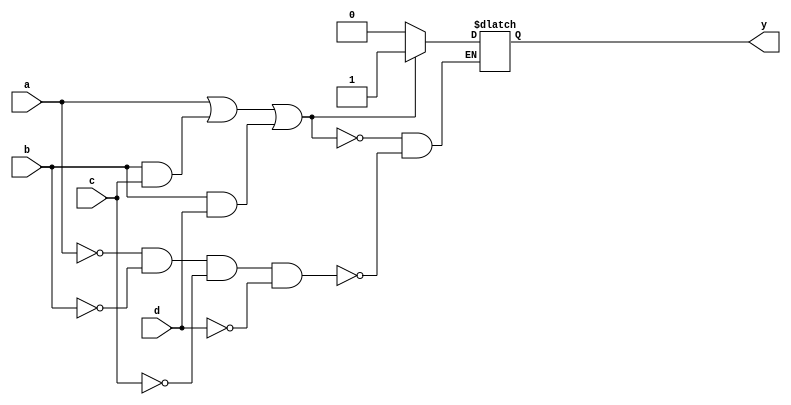
//////////////////////////////////////////////////////////////////////////////////
// Company: RMIT University
// nearers@gmail.com, s3358231@student.rmit.edu.au
// 
// Design Name:    ncl_simlib_ref
// Module Name:    ncl_simlib_ref
// Project Name:  Streaming Media on Null Convention Logic
// Description: Reference library for new gates function simulation
// 
//////////////////////////////////////////////////////////////////////////////////

`timescale 1ns / 1ps

module th34w32_ref (y,a,b,c,d);
 output y;
 input a;
 input b;
 input c;
 input d;

 reg yi;

  always @(a or b or c or d) begin
   if (((a) | (b&c) | (b&d))) 
    begin
      yi <=  1;
    end
    else if (((a==0) & (b==0) & (c==0) & (d==0))) 
    begin
      yi <=  0;
    end
   end
  assign #1 y = yi; 
endmodule

module th54w32_ref (y,a,b,c,d);
 output y;
 input a;
 input b;
 input c;
 input d;

 reg yi;

  always @(a or b or c or d) begin
   if (((a&b) | (a&c&d))) 
    begin
      yi <=  1;
    end
    else if (((a==0) & (b==0) & (c==0) & (d==0))) 
    begin
      yi <=  0;
    end
   end
  assign #1 y = yi; 
endmodule

module thxor0_ref (y,a,b,c,d);
 output y;
 input a;
 input b;
 input c;
 input d;

 reg yi;

  always @(a or b or c or d) begin
   if (((a&b) | (c&d))) 
    begin
      yi <=  1;
    end
    else if (((a==0) & (b==0) & (c==0) & (d==0))) 
    begin
      yi <=  0;
    end
   end
  assign #1 y = yi; 
endmodule


module thxor0n_ref (y,a,b,c,d,rsb);
 output y;
 input a;
 input b;
 input c;
 input d;
 input rsb;

 reg yi;

  always @(a or b or c or d or rsb) begin
   if (rsb == 0) begin
     yi <=  0;
   end 
   else begin
   if (((a&b) | (c&d))) 
    begin
      yi <=  1;
    end
    else if (((a==0) & (b==0) & (c==0) & (d==0))) 
    begin
      yi <=  0;
    end
  end

   end
  assign #1 y = yi; 
endmodule


module th24w2_ref (y,a,b,c,d);
 output y;
 input a;
 input b;
 input c;
 input d;

 reg yi;

  always @(a or b or c or d) begin
   if (((a) | (b&c) | (b&d) | (c&d))) 
    begin
      yi <=  1;
    end
    else if (((a==0) & (b==0) & (c==0) & (d==0))) 
    begin
      yi <=  0;
    end
   end
  assign #1 y = yi; 
endmodule

module th44w22_ref (y,a,b,c,d);
 output y;
 input a;
 input b;
 input c;
 input d;

 reg yi;

  always @(a or b or c or d) begin
   if (((a&b) | (a&c&d) | (b&c&d))) 
    begin
      yi <=  1;
    end
    else if (((a==0) & (b==0) & (c==0) & (d==0))) 
    begin
      yi <=  0;
    end
   end
  assign #1 y = yi; 
endmodule

module th34w2_ref (y,a,b,c,d);
 output y;
 input a;
 input b;
 input c;
 input d;

 reg yi;

  always @(a or b or c or d) begin
   if (((a&b) | (a&c) | (a&d) | (b&c&d))) 
    begin
      yi <=  1;
    end
    else if (((a==0) & (b==0) & (c==0) & (d==0))) 
    begin
      yi <=  0;
    end
   end
  assign #1 y = yi; 
endmodule

module th34w3_ref (y,a,b,c,d);
 output y;
 input a;
 input b;
 input c;
 input d;

 reg yi;

  always @(a or b or c or d) begin
   if (((a) | (b&c&d))) 
    begin
      yi <=  1;
    end
    else if (((a==0) & (b==0) & (c==0) & (d==0))) 
    begin
      yi <=  0;
    end
   end
  assign #1 y = yi; 
endmodule

module th24_ref (y,a,b,c,d);
 output y;
 input a;
 input b;
 input c;
 input d;

 reg yi;

  always @(a or b or c or d) begin
   if (((a&b) | (a&c) | (a&d) | (b&c) | (b&d) | (c&d) )) 
    begin
      yi <=  1;
    end
    else if (((a==0) & (b==0) & (c==0) & (d==0))) 
    begin
      yi <=  0;
    end
   end
  assign #1 y = yi; 
endmodule

module th24comp_ref (y,a,b,c,d);
 output y;
 input a;
 input b;
 input c;
 input d;

 reg yi;

  always @(a or b or c or d) begin
   if (((a&c) | (b&c) | (a&d) | (b&d))) 
    begin
      yi <=  1;
    end
    else if (((a==0) & (b==0) & (c==0) & (d==0))) 
    begin
      yi <=  0;
    end
   end
  assign #1 y = yi; 
endmodule



module th22_ref (y,a,b);
 output y;
 input a;
 input b;

 reg yi;

  always @(a or b) begin
   if (((a) & (b))) 
    begin
      yi <=  1;
    end
    else if (((a==0) & (b==0))) 
    begin
      yi <=  0;
    end
   end
  assign #1 y = yi; 
endmodule

module th22x8_ref (y,a,b);
 output y;
 input a;
 input b;

 reg yi;

  always @(a or b) begin
   if (((a) & (b))) 
    begin
      yi <=  1;
    end
    else if (((a==0) & (b==0))) 
    begin
      yi <=  0;
    end
   end
  assign #1 y = yi; 
endmodule

module th22r_ref (y,a,b,rsb);
 output y;
 input a;
 input b;
 input rsb;

 reg yi;

  always @(a or b or rsb) begin
   if (rsb == 0) begin
      yi <=  0;
   end
   else if (((a) & (b))) 
    begin
      yi <=  1;
    end
    else if (((a==0) & (b==0))) 
    begin
      yi <=  0;
    end
   end
  assign #1 y = yi; 
endmodule


module th22s_ref (y,a,b,rsb);
 output y;
 input a;
 input b;
 input rsb;

 reg yi;

  always @(a or b or rsb) begin
   if (rsb == 0) begin
      yi <=  1;
   end
   else if (((a) & (b))) 
    begin
      yi <=  1;
    end
    else if (((a==0) & (b==0))) 
    begin
      yi <=  0;
    end
   end
  assign #1 y = yi; 
endmodule


module th23_ref (y,a,b,c);
 output y;
 input a;
 input b;
 input c;

 reg yi;

  always @(a or b or c) begin
   if (((a & b) | (a & c) | (b & c))) 
    begin
     yi <= 1;
    end
    else if (((a==0) & (b==0) & (c==0))) 
    begin
     yi <= 0;
    end
   end

  assign #1 y = yi; 
endmodule

module th54w22_ref (y,a,b,c,d);
 output y;
 input a;
 input b;
 input c;
 input d;

 reg yi;

  always @(a or b or c or d) begin
   if (((a&b&c) | (a&b&d))) 
    begin
      yi <=  1;
    end
    else if (((a==0) & (b==0) & (c==0) & (d==0))) 
    begin
      yi <=  0;
    end
   end
  assign #1 y = yi; 
endmodule

module th34w22_ref (y,a,b,c,d);
 output y;
 input a;
 input b;
 input c;
 input d;

 reg yi;

  always @(a or b or c or d) begin
   if (((a&b) | (a&c) | (a&d) | (b&c) | (b&d))) 
    begin
      yi <=  1;
    end
    else if (((a==0) & (b==0) & (c==0) & (d==0))) 
    begin
      yi <=  0;
    end
   end
  assign #1 y = yi; 
endmodule

module th44_ref (y,a,b,c,d);
 output y;
 input a;
 input b;
 input c;
 input d;

 reg yi;

  always @(a or b or c or d) begin
   if (((a) & (b) & (c) & (d) )) 
    begin
      yi <=  1;
    end
    else if (((a==0) & (b==0) & (c==0) & (d==0))) 
    begin
      yi <=  0;
    end
   end
  assign #1 y = yi; 
endmodule

module th24w22_ref (y,a,b,c,d);
 output y;
 input a;
 input b;
 input c;
 input d;

 reg yi;

  always @(a or b or c or d) begin
   if (((a) | (b) | (c&d))) 
    begin
      yi <=  1;
    end
    else if (((a==0) & (b==0) & (c==0) & (d==0))) 
    begin
      yi <=  0;
    end
   end
  assign #1 y = yi; 
endmodule

module th44w3_ref (y,a,b,c,d);
 output y;
 input a;
 input b;
 input c;
 input d;

 reg yi;

  always @(a or b or c or d) begin
   if (((a&b) | (a&c) | (a&d))) 
    begin
      yi <=  1;
    end
    else if (((a==0) & (b==0) & (c==0) & (d==0))) 
    begin
      yi <=  0;
    end
   end
  assign #1 y = yi; 
endmodule

module th44w2_ref (y,a,b,c,d);
 output y;
 input a;
 input b;
 input c;
 input d;

 reg yi;

  always @(a or b or c or d) begin
   if (((a&b&c) | (a&b&d) | (a&c&d))) 
    begin
      yi <=  1;
    end
    else if (((a==0) & (b==0) & (c==0) & (d==0))) 
    begin
      yi <=  0;
    end
   end
  assign #1 y = yi; 
endmodule

module th33w2_ref (y,a,b,c);
 output y;
 input a;
 input b;
 input c;

 reg yi;

  always @(a or b or c) begin
   if (((a & b) | (a & c))) 
    begin
      yi <=  1;
    end
    else if (((a==0) & (b==0) & (c==0))) 
    begin
      yi <=  0;
    end
   end
  assign #1 y = yi; 
endmodule

module th34_ref (y,a,b,c,d);
 output y;
 input a;
 input b;
 input c;
 input d;

 reg yi;

  always @(a or b or c or d) begin
   if (((a&b&c) | (a&b&d) | (a&c&d) | (b&c&d))) 
    begin
      yi <=  1;
    end
    else if (((a==0) & (b==0) & (c==0) & (d==0))) 
    begin
      yi <=  0;
    end
   end
  assign #1 y = yi; 
endmodule

module th23w2_ref (y,a,b,c);
 output y;
 input a;
 input b;
 input c;

 reg yi;

  always @(a or b or c) begin
   if (((a) | (b & c))) 
    begin
      yi <=  1;
    end
    else if (((a==0) & (b==0) & (c==0))) 
    begin
      yi <=  0;
    end
   end
  assign #1 y = yi; 
endmodule

module th13_ref (y,a,b,c);
 output y;
 input a;
 input b;
 input c;

 assign  #1 y =  a | b | c;

endmodule

module th12_ref (y,a,b);
 output y;
 input a;
 input b;

 assign  #1 y =  a | b;

endmodule

module th54w322_ref (y,a,b,c,d);
 output y;
 input a;
 input b;
 input c;
 input d;

 reg yi;

  always @(a or b or c or d) begin
   if (((a&b) | (a&c) | (b&c&d))) 
    begin
      yi <=  1;
    end
    else if (((a==0) & (b==0) & (c==0) & (d==0))) 
    begin
      yi <=  0;
    end
   end
  assign #1 y = yi; 
endmodule

module th14_ref (y,a,b,c,d);
 output y;
 input a;
 input b;
 input c;
 input d;

  assign #1 y = a | b | c | d; 

endmodule

module th33_ref (y,a,b,c);
 output y;
 input a;
 input b;
 input c;

 reg yi;

  always @(a or b or c) begin
   if (((a) & (b) & (c))) 
    begin
      yi <=  1;
    end
    else if (((a==0) & (b==0) & (c==0))) 
    begin
      yi <=  0;
    end
   end
  assign #1 y = yi; 
endmodule

module th33r_ref (y,a,b,c,rsb);
 output y;
 input a;
 input b;
 input c;
 input rsb;

 reg yi;

  always @(a or b or c or rsb) begin
   if (rsb == 0)begin
      yi <=  0;
   end else   if (((a) & (b) & (c))) 
    begin
      yi <=  1;
    end
    else if (((a==0) & (b==0) & (c==0))) 
    begin
      yi <=  0;
    end
   end
  assign #1 y = yi; 
endmodule



module thand0_ref (y,a,b,c,d);
 output y;
 input a;
 input b;
 input c;
 input d;

 reg yi;

  always @(a or b or c or d) begin
   if (((a&b) | (b&c) | (a&d))) 
    begin
      yi <=  1;
    end
    else if (((a==0) & (b==0) & (c==0) & (d==0))) 
    begin
      yi <=  0;
    end
   end
  assign #1 y = yi; 
endmodule

module th44w322_ref (y,a,b,c,d);
 output y;
 input a;
 input b;
 input c;
 input d;

 reg yi;

  always @(a or b or c or d) begin
   if (((a&b) | (a&c) | (a&d) | (b&c))) 
    begin
      yi <=  1;
    end
    else if (((a==0) & (b==0) & (c==0) & (d==0))) 
    begin
      yi <=  0;
    end
   end
  assign #1 y = yi; 
endmodule 

module th44w322a_ref (y,a,b,c,d);
 output y;
 input a;
 input b;
 input c;
 input d;

 reg yi;

  always @(a or b or c or d) begin
   if (((a&b) | (a&c) | (a&d) | (b&d))) 
    begin
      yi <=  1;
    end
    else if (((a==0) & (b==0) & (c==0) & (d==0))) 
    begin
      yi <=  0;
    end
   end
  assign #1 y = yi; 
endmodule